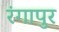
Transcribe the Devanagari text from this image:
रंगापुर